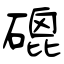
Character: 磇